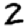
Digit: 2